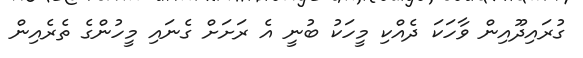
ގުރައިދޫއިން ވާހަކަ ދެއްކި މީހަކު ބުނީ އެ ރަށަށް ގެނައި މީހުންގެ ތެރެއިން